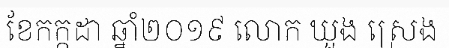
ខែកក្កដា ឆ្នាំ២០១៩ លោក ឃួង ស្រេង